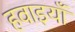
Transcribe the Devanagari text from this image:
हवाइयाँ